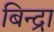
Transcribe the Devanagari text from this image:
बिन्द्रा